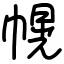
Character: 幌